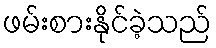
ဖမ်းစားနိုင်ခဲ့သည်